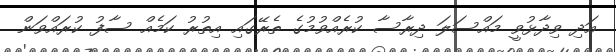
އަދި ވިދާޅުވީ މައްސަލަ ދިރާސާ ކުރެއްވުމުގެ ތެރޭގައި އިތުރު ކަމެއް ސާފު ކުރައްވަން